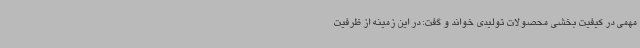
مهمی در کیفیت بخشی محصولات تولیدی خواند و گفت: در این زمینه از ظرفیت